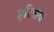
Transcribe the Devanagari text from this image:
हरित्रय